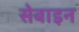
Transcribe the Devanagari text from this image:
सेबाइन